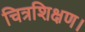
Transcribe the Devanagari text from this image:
चित्रशिक्षण।